Insane asylums in Bengal annual reports 1867-1875 - 1867-1875
Year: 1867
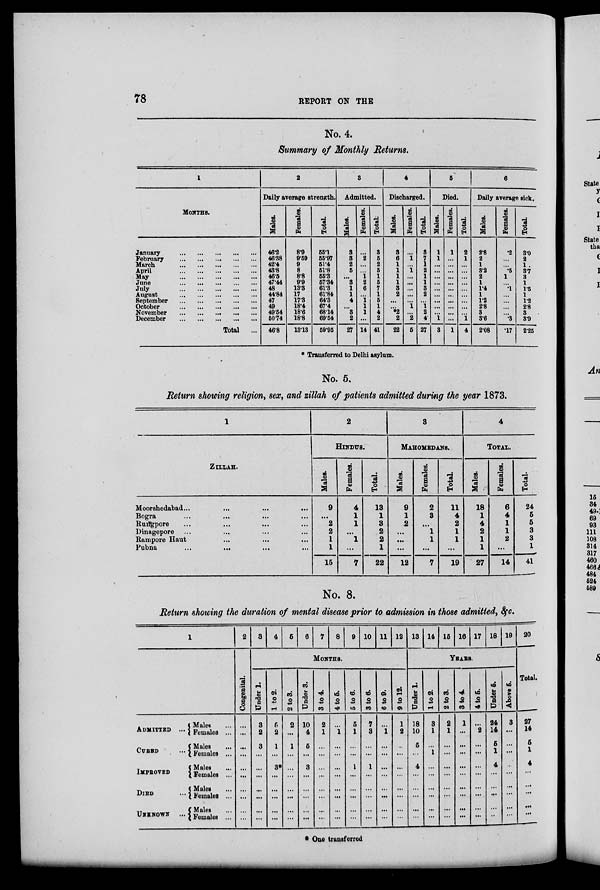
78
REPORT ON THE
No. 4.
Summary of Monthly Returns.
1
MONTHS.
January
...
...
...
...
...
February
...
...
...
...
...
March
...
...
...
...
...
April
...
...
...
...
...
May
...
...
...
...
...
June
...
...
...
...
...
July
...
...
...
...
...
August
...
...
...
...
...
September
...
...
...
...
...
October
...
...
...
...
...
November
...
...
...
...
...
December
...
...
...
...
...
Total ...
2
Daily average strength.
Males.
46.2
46.38
42.4
43.8
46.5
47.44
48
44.84
47
49
49.54
50.74
46.8
Females.
8.9
9.59
9
8
8.8
9.9
13.3
17
17.3
18.4
18.6
18.8
13.13
Total.
55.1
55.97
51.4
51.8
55.3
57.34
61.3
61.84
64.3
67.4
68.14
69.54
59.95
3
Admitted.
Males.
3
3
2
5
...
3
1
1
4
...
3
2
27
Females.
...
2
...
...
1
2
6
...
1
1
1
...
14
Total.
3
5
2
5
1
5
7
1
5
1
4
2
41
4
Discharged.
Males.
3
6
1
1
1
1
3
2
...
...
*2
2
22
Females.
...
1
...
1
...
...
...
...
...
1
...
2
5
Total.
3
7
1
2
1
1
3
2
...
1
2
4
27
5
Died.
Males.
1
1
...
...
...
...
...
...
...
...
...
1
3
Females.
1
...
...
...
...
...
...
...
...
...
...
...
1
Total.
2
1
...
...
...
...
...
...
...
...
...
1
4
6
Daily average sick.
Males.
2.8
2
1
3.2
2
1
1.4
1
1.2
2.8
3
3.6
2.08
Females.
.2
...
...
.5
1
...
.1
...
...
...
...
.3
.17
Total
3.0
2
1
3.7
3
1
1.5
1
1.2
2.8
3
3.9
2.25
* Transferred to Delhi asylum.
No. 5.
Return showing religion, sex, and zillah of patients admitted during the year 1873.
1
ZILLAH.
Moorshedabad
...
...
...
...
Bogra ... ... ... ...
Rungpore ... ... ... ...
Dinagepore ... ... ... ...
Rampore Haut ... ... ...
Pubna
...
...
...
...
2
HINDUS.
Males.
9
...
2
2
1
1
15
Females.
4
1
1
...
1
...
7
Total.
13
1
3
2
2
1
22
3
MAHOMEDANS.
Males.
9
1
2
...
...
...
12
Females.
2
3
...
1
1
...
7
Total.
11
4
2
1
1
...
19
4
TOTAL.
Males.
18
1
4
2
1
1
27
Females.
6
4
1
1
2
...
14
Total.
24
5
5
3
3
1
41
No. 8.
Return showing the duration of mental disease prior to admission in those admitted, &c.
1
ADMITTED ...
CURED ...
IMPROVED ...
DIED ...
UNKNOWN ...
Males ...
Females ...
Males ...
Females ...
Males ...
Females ...
Males ...
Females ...
Males ...
Females ...
2
Congenital.
...
...
...
...
...
...
...
...
...
...
3
4
5
6
7
8
9 10 11 12
MONTHS.
Under 1.
3
2
3
...
...
...
...
...
...
...
1 to 2.
5
2
1
...
3*
...
...
...
...
...
2 to 3.
2
...
1
...
...
...
...
...
...
...
Under 3.
10
4
5
...
3
...
...
...
...
...
3 to 4.
2
1
...
...
...
...
...
...
...
...
4 to 5.
...
1
...
...
...
...
...
...
...
...
5 to 6.
5
1
...
...
1
...
...
...
...
...
3 to 6.
7
3
...
...
1
...
...
...
...
...
6 to 9.
...
1
...
...
...
...
...
...
...
...
9 to 12.
1
2
...
...
...
...
...
...
...
...
13 14 15 16 17 18 19
YEARS.
Under 1.
18
10
5
...
4
...
...
...
...
...
1 to 2.
3
1
...
1
...
...
...
...
...
...
2 to 3.
2
1
...
...
...
...
...
...
...
...
3 to 4.
1
...
...
...
...
...
...
...
...
...
4 to 5.
...
2
...
...
...
...
...
...
...
...
Under 5.
24
14
5
1
4
...
...
...
...
...
Above 5.
3
...
...
...
...
...
...
...
...
...
20
Total.
27
14
5
1
4
...
...
...
...
...
* One transferred